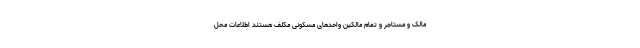
مالک و مستاجر و تمام مالکین واحدهای مسکونی مکلف هستند اطلاعات محل